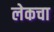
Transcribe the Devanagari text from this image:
लेकचा